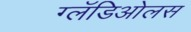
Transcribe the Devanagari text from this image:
ग्लॅडिओलस